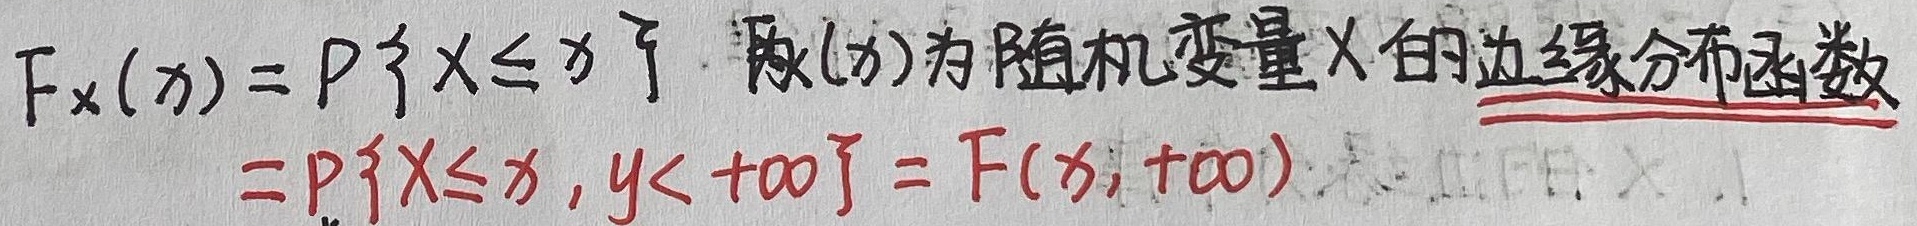
\(F_X(x) = P\{X \leq x\}\)，称\(F_X(x)\)为随机变量\(X\)的边缘分布函数，它等于\(P\{X \leq x, Y < +\infty\} = F(x, +\infty)\)